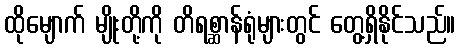
ထိုမျောက် မျိုးတို့ကို တိရစ္ဆာန်ရုံများတွင် တွေ့ရှိနိုင်သည်။